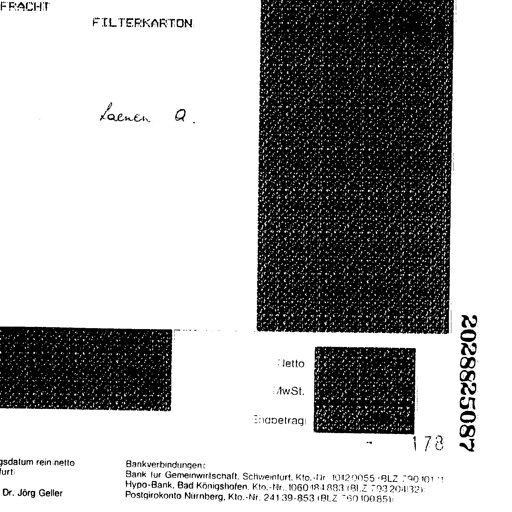
FRACHT
FILTERKARTON

Laenen Q.
Netto
MwSt.
Endbetrag

178
2028825087
gsdatum rein netto
Bankverbindungen:
Bank für Gemeinwirtschaft, Schweinfurt, Kto.-Nr. 10120055 (BLZ 790 101 11)
Hypo-Bank, Bad Königshofen, Kto.-Nr. 1060 184 883 (BLZ 793 204 32)
Postgirokonto Nürnberg, Kto.-Nr. 241 39-853 (BLZ 760 100 85)
Dr. Jörg Geller